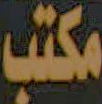
مكتب